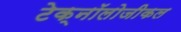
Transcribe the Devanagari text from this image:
टेक्नॉलोजीकल